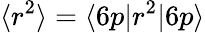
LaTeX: \langle r^{2}\rangle=\langle 6p|r^{2}|6p\rangle